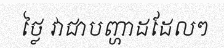
ថ្លៃ វាជាបញ្ហាដដែលៗ